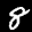
Label: 8